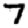
Digit: 7